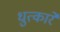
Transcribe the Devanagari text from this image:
धुत्कारे